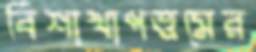
বিশাখাপত্তমের